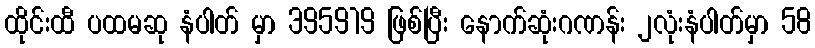
ထိုင်းထီ ပထမဆု နံပါတ် မှာ 395919 ဖြစ်ပြီး နောက်ဆုံးဂဏန်း ၂လုံးနံပါတ်မှာ 58